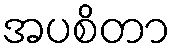
အပစိတာ